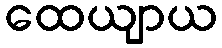
ထေယျာယ